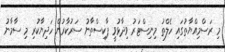
މި ރަސްމިއްޔާތުގައި ހެލްތު މިނިސްޓަރު ވިދާޅުވީ ޕާކިސްތާނު ސަރުކާރުން ހަދިޔާކުރި މި ސާމާނު